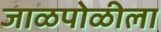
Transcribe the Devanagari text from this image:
जाळपोळीला